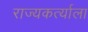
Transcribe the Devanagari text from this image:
राज्यकर्त्याला